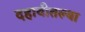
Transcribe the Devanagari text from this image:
दहावीतल्या